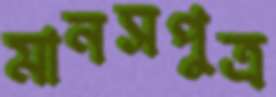
মানসপুত্র